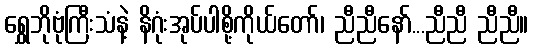
ရွှေဘိုဗုံကြီးသံနဲ့ နိဂုံးအုပ်ပါစို့ကိုယ်တော်၊ ညီညီနော်...ညီညီ ညီညီ။